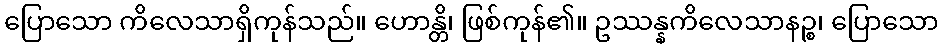
ပြောသော ကိလေသာရှိကုန်သည်။ ဟောန္တိ၊ ဖြစ်ကုန်၏။ ဥဿန္နကိလေသာနဉ္စ၊ ပြောသော